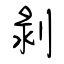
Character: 剝